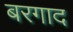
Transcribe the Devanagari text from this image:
बरगाद